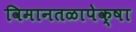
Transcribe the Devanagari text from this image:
विमानतळापेक्षा